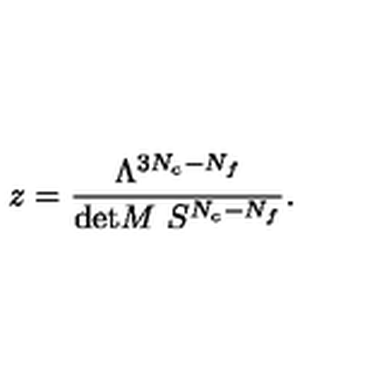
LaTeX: z = \frac { \Lambda ^ { 3 N _ { c } - N _ { f } } } { \mathrm { d e t } M \ S ^ { N _ { c } - N _ { f } } } .